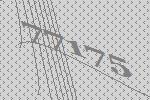
77175